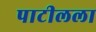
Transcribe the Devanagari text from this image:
पाटीलला